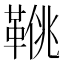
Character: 𩋍